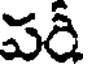
పరీ